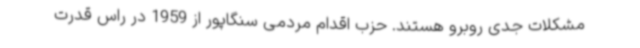
مشکلات جدی روبرو هستند. حزب اقدام مردمی سنگاپور از 1959 در راس قدرت